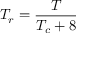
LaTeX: T _ { r } = { \frac { T } { T _ { c } + 8 } }